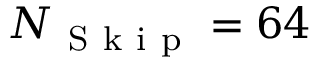
N _ { \mathrm { ~ S ~ k ~ i ~ p ~ } } = 6 4